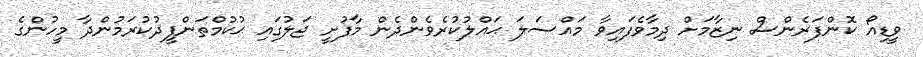
ވީޑިއޯ ކޮންފަރެންސް ނިޒާމަށް ދިމާވެފައިވާ މައްސަލަ ޙައްލުކުރެވެންދެން މާފުށީ ޖަލުގައި ޙުކުމްތަންފީޛުކުރަމުންދާ މީހުންގެ